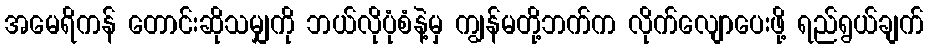
အမေရိကန် တောင်းဆိုသမျှကို ဘယ်လိုပုံစံနဲ့မှ ကျွန်မတို့ဘက်က လိုက်လျောပေးဖို့ ရည်ရွယ်ချက်